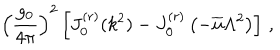
\left( \frac { g _ { 0 } } { 4 \pi } \right) ^ { 2 } \left[ J _ { 0 } ^ { ( r ) } ( k ^ { 2 } ) - J _ { 0 } ^ { ( r ) } \left( - \overline { { { u } } } \Lambda ^ { 2 } \right) \right] \, ,